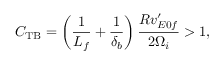
C _ { \mathrm { T B } } = \left( \frac { 1 } { L _ { f } } + \frac { 1 } { \delta _ { b } } \right) \frac { R v _ { E 0 f } ^ { \prime } } { 2 \Omega _ { i } } > 1 ,